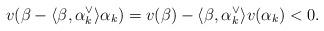
LaTeX: \begin{align*} v ( \beta - \langle \beta, \alpha_k^\vee \rangle \alpha_k) = v(\beta) - \langle \beta, \alpha_k^\vee \rangle v(\alpha_k) <0 \/. \end{align*}